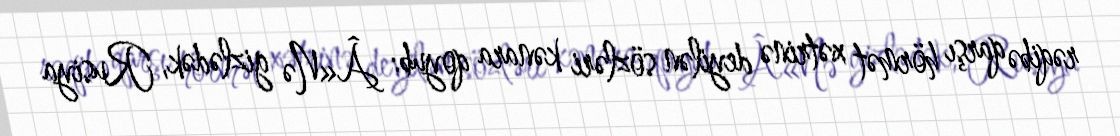
rəqibə qarşı hörmət xətrinə deyilən sözləri kənara qoyub: Â«Nə gizlədək, Rusiya